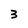
Character: 3